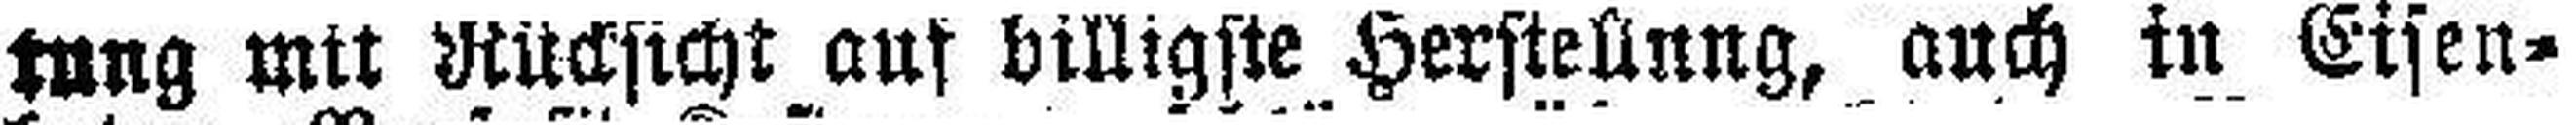
tung mit Rücksicht auf billigste Herstellung, auch in Eisen¬